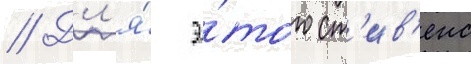
// Дл'я́ э́того ст'ив'енс